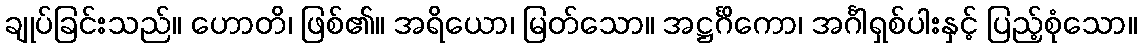
ချုပ်ခြင်းသည်။ ဟောတိ၊ ဖြစ်၏။ အရိယော၊ မြတ်သော။ အဋ္ဌင်္ဂိကော၊ အင်္ဂါရှစ်ပါးနှင့် ပြည့်စုံသော။